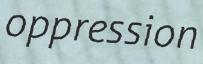
oppression